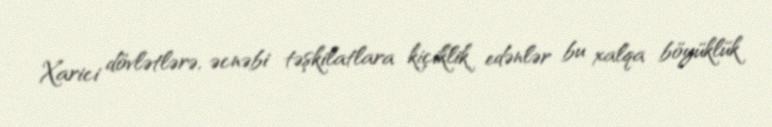
Xarici dövlətlərə, əcnəbi təşkilatlara kiçiklik edənlər bu xalqa böyüklük